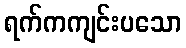
ရက်ကကျင်းပသော